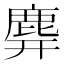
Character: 𪊑